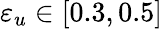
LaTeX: \varepsilon_{u}\in[0.3,0.5]